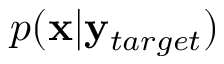
p ( \mathbf { x } | \mathbf { y } _ { t a r g e t } )